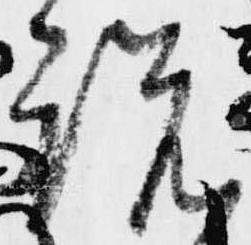
説